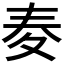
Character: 𡕤